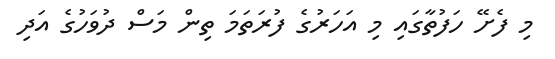
މި ފެށޭ ހަފުތާގައި މި އަހަރުގެ ފުރަތަމަ ތިން މަސް ދުވަހުގެ އަދި